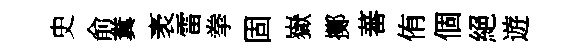
史俞糞袤雷拳固嶽擲蕃侑個絕遊